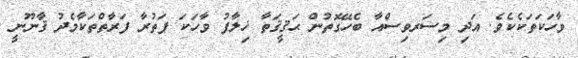
ވާހަކަތަކެކެވެ. އަދި މިސަރވިސްއާ ބެހޭގޮތުން ޙަޤީޤަތާ ޚިލާފު ވާހަކަ ފަތުރާ ފަރާތްތަކާމެދު ޤާނޫނީ